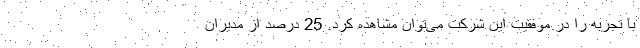
با تجربه را در موفقیت این شرکت می‌توان مشاهده کرد. 25 درصد از مدیران